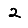
Digit: 2